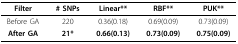
<table><thead><tr><td><b>Filter</b></td><td><b># SNPs</b></td><td><b>Linear**</b></td><td><b>RBF**</b></td><td><b>PUK**</b></td></tr></thead><tbody><tr><td>Before GA</td><td>220</td><td>0.36(0.18)</td><td>0.69(0.09)</td><td>0.73(0.09)</td></tr><tr><td><b>After GA</b></td><td><b>21*</b></td><td><b>0.66(0.13)</b></td><td><b>0.73(0.09)</b></td><td><b>0.75(0.09)</b></td></tr></tbody></table>